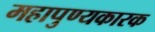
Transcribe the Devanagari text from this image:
महापुण्यकारक